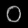
Digit: ၀